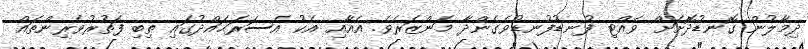
ދިމާލުން ގޮނޑުދޮށަށް ވެއްޓި ފުނޑުފުނޑުވެގެންދާ މަންޒަރެވެ. އެއާއި އެކު އެސަރަޙައްދުގައި ތިބި ފަތުރުވެރިންތައް